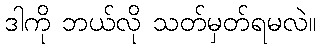
ဒါကို ဘယ်လို သတ်မှတ်ရမလဲ။